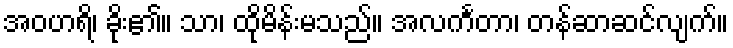
အဝဟရိ၊ ခိုး၏။ သာ၊ ထိုမိန်းမသည်။ အလင်္ကတာ၊ တန်ဆာဆင်လျက်။